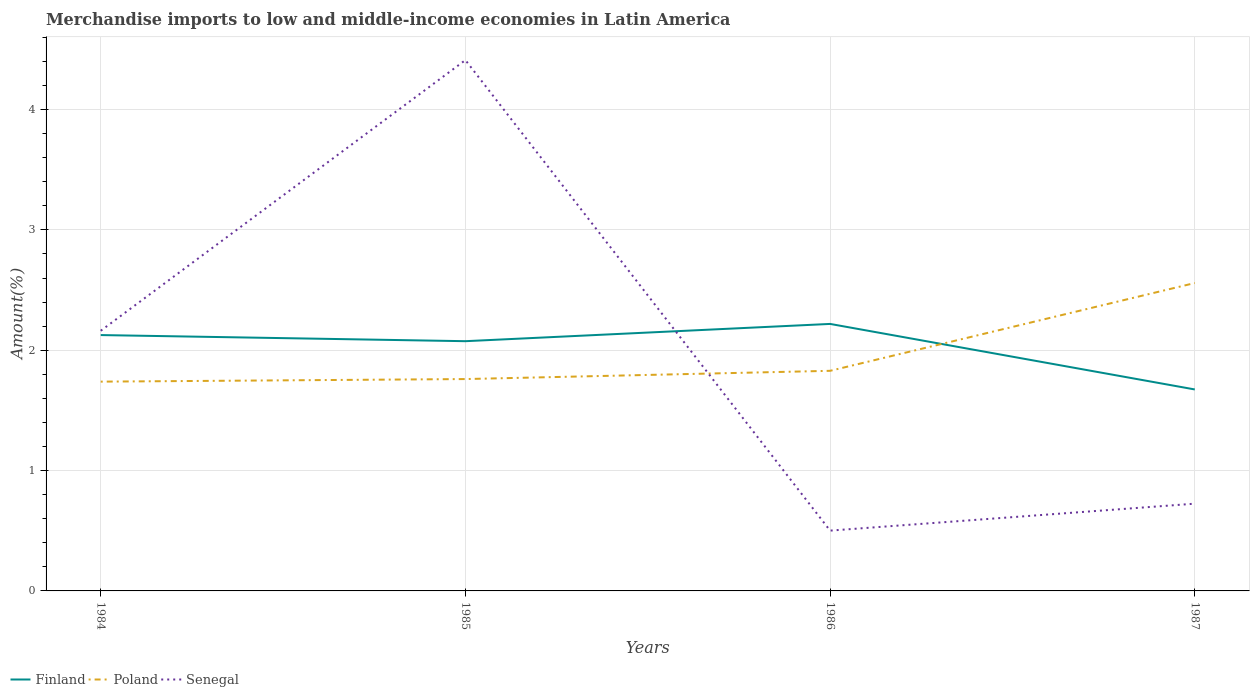
| Years | Finland | Poland | Senegal |
 | --- | --- | --- | --- |
 | 1984 | 2.13 | 1.74 | 2.16 |
 | 1985 | 2.08 | 1.76 | 4.41 |
 | 1986 | 2.22 | 1.83 | 0.501 |
 | 1987 | 1.67 | 2.56 | 0.725 |